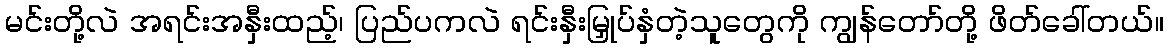
မင်းတို့လဲ အရင်းအနှီးထည့်၊ ပြည်ပကလဲ ရင်းနှီးမြှုပ်နှံတဲ့သူတွေကို ကျွန်တော်တို့ ဖိတ်ခေါ်တယ်။